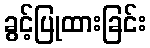
ခွင့်ပြုထားခြင်း